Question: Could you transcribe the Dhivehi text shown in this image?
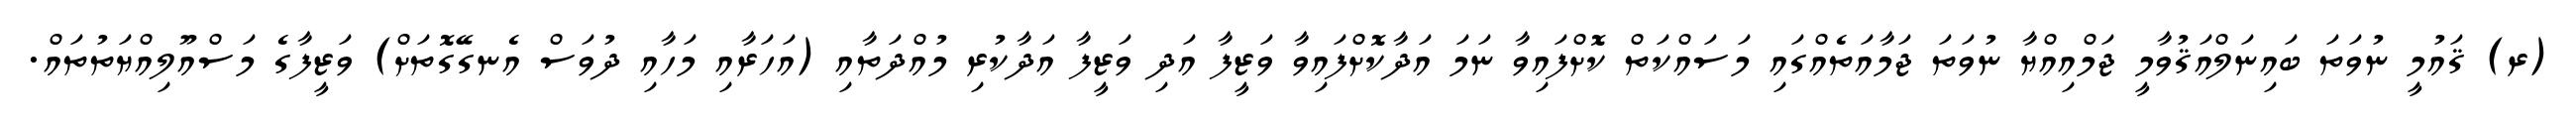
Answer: (ރ) ޤައުމީ ނުވަތަ ބައިނަލްއަޤުވާމީ ޖަމްއިއްޔާ ނުވަތަ ޖަމާއަތެއްގައި މަސައްކަތް ކޮށްފައިވާ ނަމަ އަދާކޮށްފައިވާ ވަޒީފާ އަދި ވަޒީފާ އަދާކުރި މުއްދަތާއި (އަހަރާއި މަހާއި ދުވަސް އެނގޭގޮތަށް) ވަޒީފާގެ މަސްއޫލިއްޔަތުތައް.